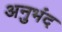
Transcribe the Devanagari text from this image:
अनुभंद